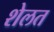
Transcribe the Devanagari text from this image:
शेलत